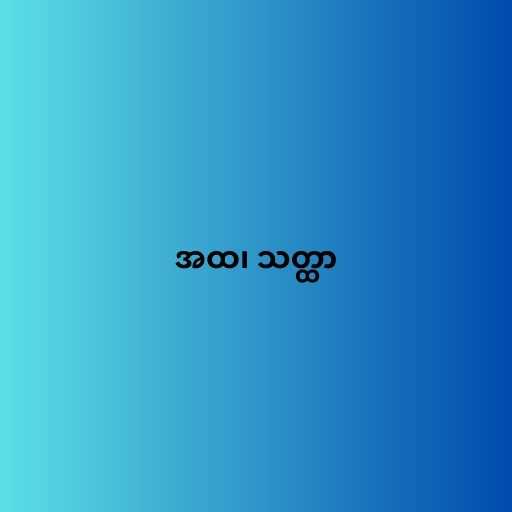
အထ၊ သတ္ထာ